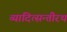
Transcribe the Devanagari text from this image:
व्यादित्सन्तीरथ